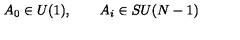
A _ { 0 } \in U ( 1 ) , \qquad A _ { i } \in S U ( N - 1 )